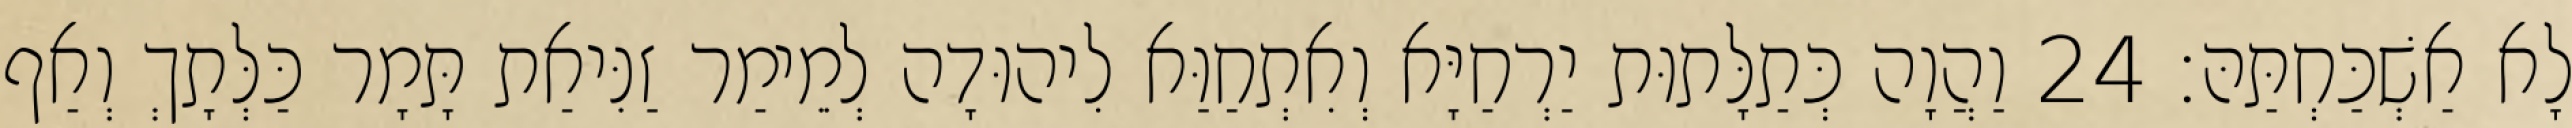
לָא אַשְׁכַּחְתַּהּ׃ 24 וַהֲוָה כְּתַלָּתוּת יַרְחַיָּא וְאִתְחַוַּא לִיהוּדָה לְמֵימַר זַנִּיאַת תָּמָר כַּלְּתָךְ וְאַף